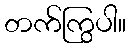
တက်ကြွပါ။